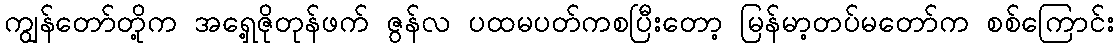
ကျွန်တော်တို့က အရှေ့ဇိုတုန်ဖက် ဇွန်လ ပထမပတ်ကစပြီးတော့ မြန်မာ့တပ်မတော်က စစ်ကြောင်း